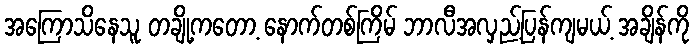
အကြောသိနေသူ တချို့ကတော့ နောက်တစ်ကြိမ် ဘာလီအလှည့်ပြန်ကျမယ့် အချိန်ကို